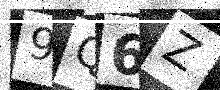
Text: 9Q6Z